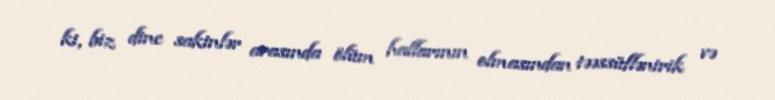
ki, biz dinc sakinlər arasında ölüm hallarının olmasından təəssüflənirik və